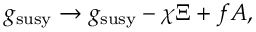
g \L _ { \mathrm { s u s y } } \to g \L _ { \mathrm { s u s y } } - \chi \Xi + f A ,